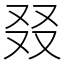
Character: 叕